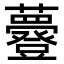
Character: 𧄼